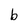
Character: b